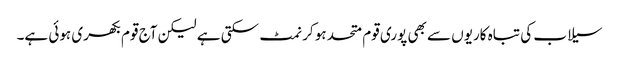
سیلاب کی تباہ کاریوں سے بھی پوری قوم متحد ہو کر نمٹ سکتی ہے لیکن آج قوم بکھری ہوئی ہے۔